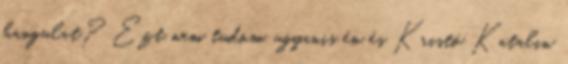
hangulat? Ezt nem tudom, ugyanis én és Kristó Katalin